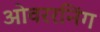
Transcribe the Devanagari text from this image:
ओवररनिंग